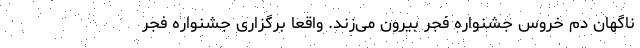
ناگهان دم خروس جشنواره فجر بیرون می‌زند. واقعا برگزاری جشنواره فجر